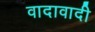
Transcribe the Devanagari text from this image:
वादावादी